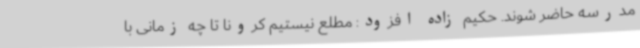
مدرسه حاضر شوند. حکیم زاده افزود: مطلع نیستیم کرونا تا چه زمانی با